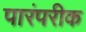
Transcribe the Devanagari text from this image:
पारंपरीक